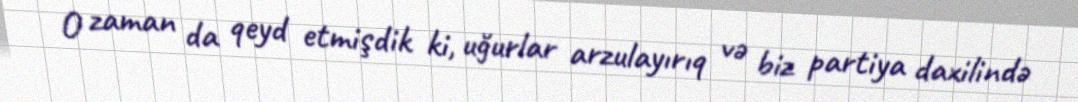
O zaman da qeyd etmişdik ki, uğurlar arzulayırıq və biz partiya daxilində